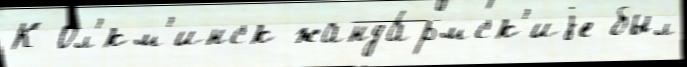
К Ол'́км'инск жанда́рмск'иjе был